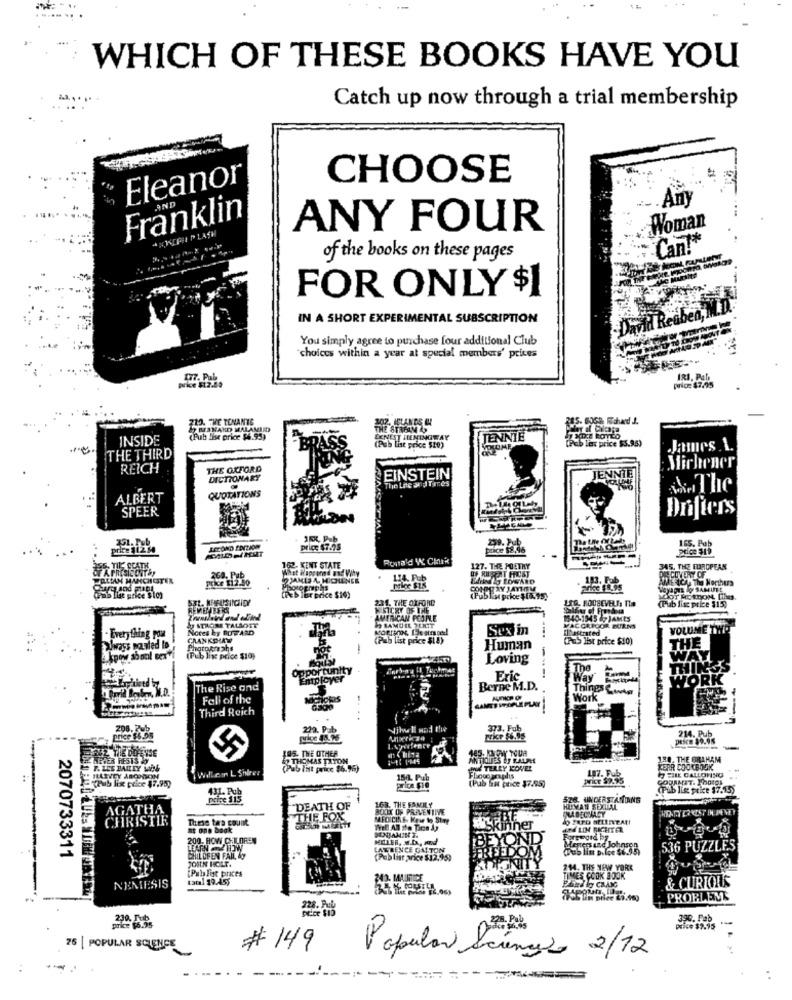
WHICH OF THESE BOOKS HAVE YOU
Catch up now through a trial membership
Eleanor
CHOOSE
. Any
Franklin
AND
ACPI PLASH
ANY FOUR
Woman
Can !*
of the books on these pages
FOR ONLY $1
IN A SHORT EXPERIMENTAL SUBSCRIPTION
-David Resben,
You simply agree to purchase four additional Club
choices within a year at special members' prices
price 47,95
713. THE TENANTE
202. ICLANES IN
27 BESNARD MALANIID
THE STREAM AS
INSIDE
(Pub bise price $4.95)
ERNEST HEMINGWAY
JENNIE
(Pub lex price $5.96)
(Pub List price $10)
James 1.
THE THIRD
Michener
REICH
THE OXFORD
DICTIONARY
EINSTEIN
The Lie and Tares
JENNI
The
ALBERT
QUOTATIONS
SPEER
Drifters
JE4, Pub
259. Jub
165. Pub
price $12.50
Price: $7.95
price $8,96
Ronald W Chnik
SS, TIL SCATH
162. KENT STATE
What Happened and Vity
127. THE POETRY
U+ RESENT FROST
345. THE EUROPEAN
WRLIAN MANCHIGTER
price [12.50
260. Pub
DAMLA. MICHENER
103. Fub
DISCOVERY OF
AME -ICA The Northurs
CONTOY JAYHEM
5 Tise price $io)
S31. MEUSINCHEY
(Reb ler price $10)
231. THE OXFORD
LIG. ROOSEVELT, The
(Pib fisc price $15)
WOOT HotDON De.
REMEMBERS
Salfiar of Frondosa
AMERICAN PEOPLE
1140-1945 87 JAMES
Notes by BUTARD
Ay STROBE TALBOTT
Sex in
MACGREGOR
ftrited
LICOR BURNS
VOLUME TWO
.Everything pou
CRANKSHAW
(Pub list price $1 4)
....
(PES Hist price $10)
THE
always mailed to
not
Human
(Pub ling price $10)
Loving
WAY
opportunity
---
Employer
Eric
Way Land
WORK
WORK
The Rise and
Berne M.D.
Things Et
Fall of the
Work
Third Reich
---
232. Pub
Will and the
373. Fub
price $6.95
DESCE $9.95
214. Pub
OU2 VIE DOPENSE
485. THE OTHER
185. MAIOWY YOUR
-
MEJER PESTS &
BO THOMAS TATON
7-t: 1945
ANTIQUES BY RALPH
188. THE GRAHAM
P. LEE BARLEY WINE
(Pub list price $6.9%)
HOW TEARY ROVER
KERR COOKBOOK
. HARVEY ABCONON
willem L Shirer
150. Pub
HIE CALLONING
(Pub lix price $7,95)
431. Fub
price Fie
(Pub Gat price $7.95)
chab lis price $7.155
Peine 115
163. THE FAMILY
528. UNDERS AMIANG
--
AGATHA.
"DEATH OF
BOOK OF PREVENTIVE
PLADECHACY
HUMAN SEXLLAL
These tes count
THE FOX
MEDICINE Kes to Step
at one book
AM LIN RICHTER
200. HOW CHILDREN
MILLER, M.D ., KONd
2070733311
LANEBENCE GALTON
Meners and Johnson
536 PUZZLES
JOIN HOLT.
CHILDREN FAIL &y
(Publist vice $12.95)
[Publit prices
214. THE NEW YORK
tamal 99.45;
343. MAURICE
TIMES COOK BOOK
CURIOUS
NEMESIS
PROBLEMS
228. Aub
390. Pab
Pic* $2.95
26 | POPULAR SCIENCE
# 149
Popular Science 2/12
-